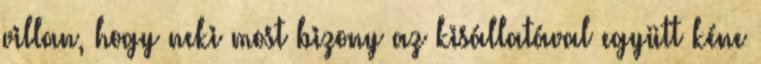
villan, hogy neki most bizony az kisállatával együtt kéne